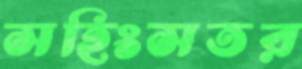
সহিংসতর